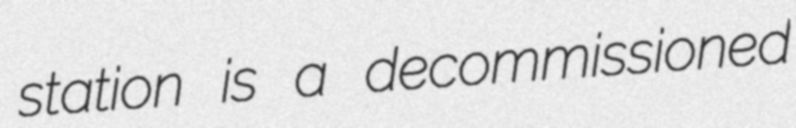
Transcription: station is a decommissioned